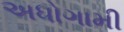
અધોગામી